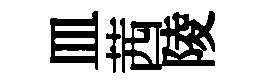
皿茜陵